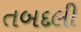
તબદલી